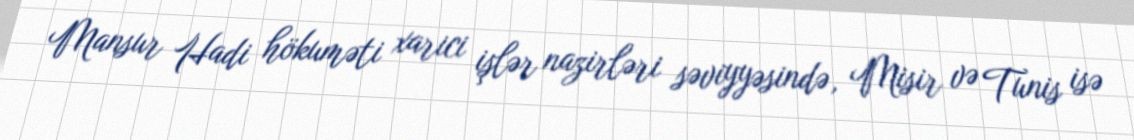
Mansur Hadi hökuməti xarici işlər nazirləri səviyyəsində, Misir və Tunis isə